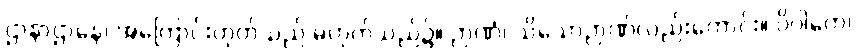
ဌာနာဌာနေ၊ အကြောင်းဟုတ်သည် မဟုတ်သည်၌။ ဉာဏံ၊ သိသောဉာဏ်လည်းကောင်း။ ဝိပါကေ၊